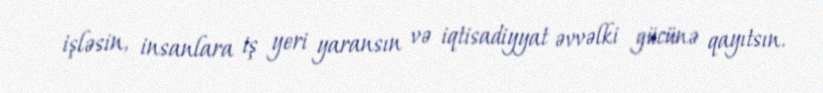
işləsin, insanlara iş yeri yaransın və iqtisadiyyat əvvəlki gücünə qayıtsın.